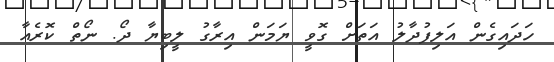
ހަދައިގެން އަލިފުދާލު އަތަށް ގޮވީ ޔަމަން އިރާގު ލީބިޔާ ދޯ. ނޯތް ކޮރެއާ